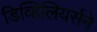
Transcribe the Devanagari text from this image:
डिव्हिलियर्सने